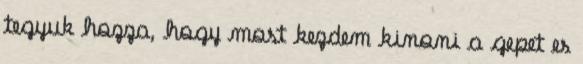
tegyuk hozza, hogy most kezdem kinoni a gepet es